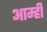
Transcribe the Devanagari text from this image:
आम्‍ही